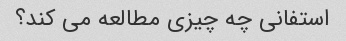
استفانی چه چیزی مطالعه می کند؟